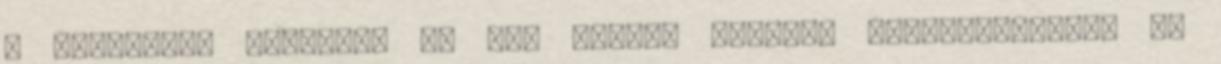
a földműves paraszt, ha így jobban tetszik ismerőseimtől, se